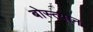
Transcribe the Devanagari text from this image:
बोस्त्यान